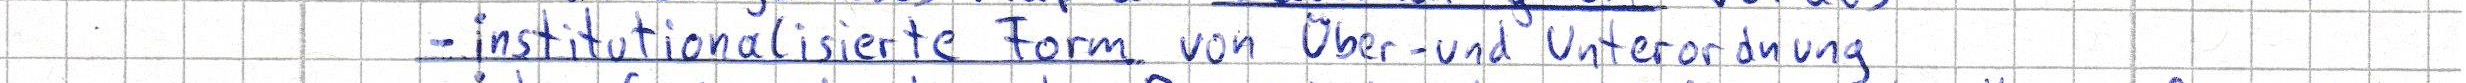
- institutionalisierte Form von Über- und Unterordnung